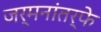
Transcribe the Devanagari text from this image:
जर्मनांतर्फे